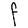
Character: F